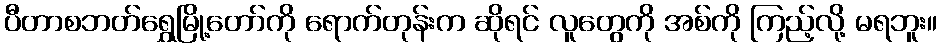
ပီတာစဘတ်ရွှေမြို့တော်ကို ရောက်တုန်းက ဆိုရင် လူတွေကို အစ်ကို ကြည့်လို့ မရဘူး။